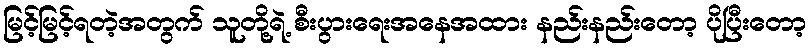
မြင့်မြင့်ရတဲ့အတွက် သူတို့ရဲ့ စီးပွားရေးအနေအထား နည်းနည်းတော့ ပိုပြီးတော့